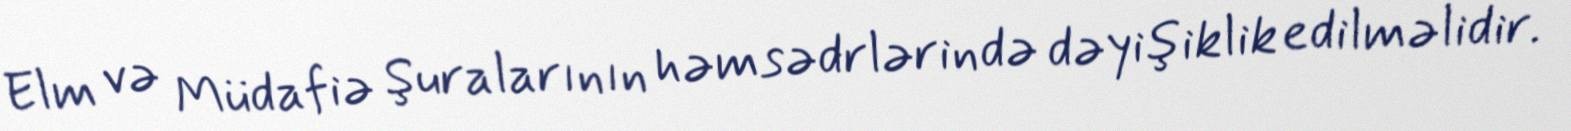
Elm və Müdafiə Şuralarının həmsədrlərində dəyişiklik edilməlidir.